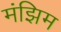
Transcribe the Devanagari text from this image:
मंझिम